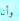
وأنا